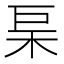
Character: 𭩢